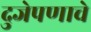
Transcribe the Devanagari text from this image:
दुजेपणाचे